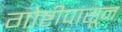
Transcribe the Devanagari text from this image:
गोष्टीपासून